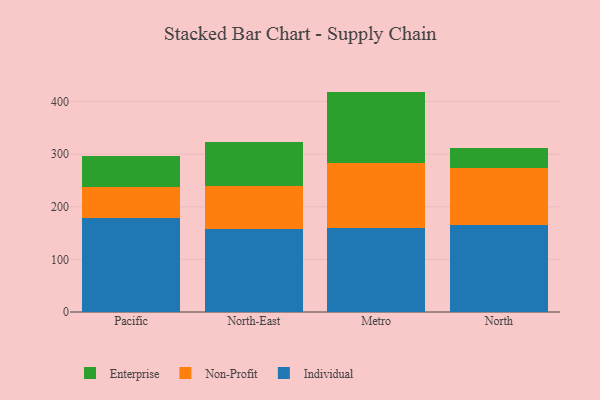
{"axis": {"x": "Region", "y": "Tickets Resolved"}, "legend": ["Enterprise", "Individual", "Non-Profit"], "data": [{"x": "Pacific", "y": 179.4, "type": "Individual"}, {"x": "Pacific", "y": 58.4, "type": "Non-Profit"}, {"x": "Pacific", "y": 58.8, "type": "Enterprise"}, {"x": "North-East", "y": 158.4, "type": "Individual"}, {"x": "North-East", "y": 80.6, "type": "Non-Profit"}, {"x": "North-East", "y": 84.9, "type": "Enterprise"}, {"x": "Metro", "y": 160.2, "type": "Individual"}, {"x": "Metro", "y": 123.2, "type": "Non-Profit"}, {"x": "Metro", "y": 135.5, "type": "Enterprise"}, {"x": "North", "y": 165.9, "type": "Individual"}, {"x": "North", "y": 108.2, "type": "Non-Profit"}, {"x": "North", "y": 38.5, "type": "Enterprise"}]}